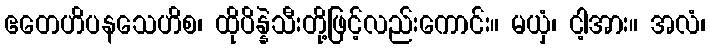
ဧတေဟိပနသေဟိစ၊ ထိုပိန္နဲသီးတို့ဖြင့်လည်းကောင်း။ မယှံ၊ ငါ့အား။ အလံ၊